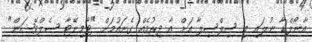
އާނޯލްޑާ ނުލައި މި ސިލްސިލާ އަށް އާ ދިރުމެއް ގެނައުމަށް "ޓާމިނޭޓާ ސެލްވޭޝަން"